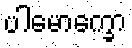
ပါမောက္ခော